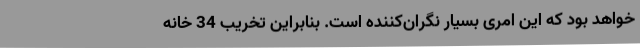
خواهد بود که این امری بسیار نگران‌کننده است. بنابراین تخریب 34 خانه